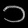
Digit: ၁